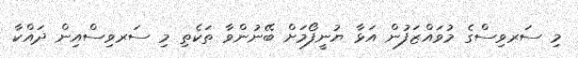
މި ސަރވިސްގެ މުވައްޒަފުން އަޅާ ޔުނީފޯމަށް ބޭނުންވާ ތަކެތި މި ސަރވިސްއިން ދައްކާ